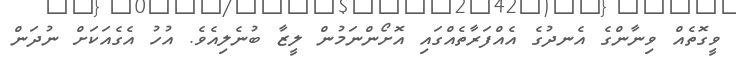
ވީގޮތެއް ވިނާންގެ އެނދުގެ އެއްފަރާތެއްގައި އޮށޯންނަމުން ލީޒާ ބުނެލިއެވެ. އުހު އެގެއަކަށް ނުދަން